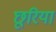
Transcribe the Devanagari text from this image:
छूरिया